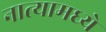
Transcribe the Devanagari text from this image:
नात्यामध्ये